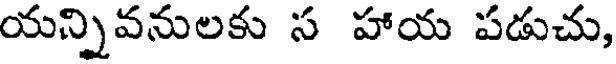
యన్నివనులకు స హాయ పడుచు,